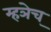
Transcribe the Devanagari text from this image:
म्हञेच्